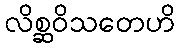
လိစ္ဆဝိသတေဟိ